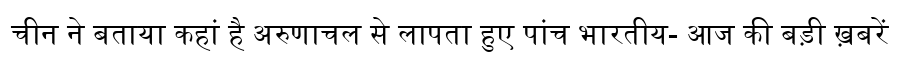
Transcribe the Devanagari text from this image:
चीन ने बताया कहां है अरुणाचल से लापता हुए पांच भारतीय- आज की बड़ी ख़बरें